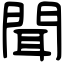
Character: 聞